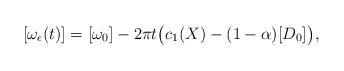
LaTeX: \begin{align*}[\omega_\epsilon(t)] = [\omega_0] - 2 \pi t \big( c_1(X) - (1-\alpha) [D_0] \big),\end{align*}